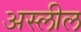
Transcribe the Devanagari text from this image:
अस्लील